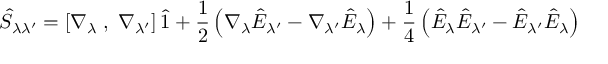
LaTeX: \hat { S } _ { \lambda \lambda ^ { \prime } } = \left[ \nabla _ { \lambda } \; , \; \nabla _ { \lambda ^ { \prime } } \right] \hat { 1 } + \frac { 1 } { 2 } \left( \nabla _ { \lambda } \hat { E } _ { \lambda ^ { \prime } } - \nabla _ { \lambda ^ { \prime } } \hat { E } _ { \lambda } \right) + \frac { 1 } { 4 } \left( \hat { E } _ { \lambda } \hat { E } _ { \lambda ^ { \prime } } - \hat { E } _ { \lambda ^ { \prime } } \hat { E } _ { \lambda } \right)